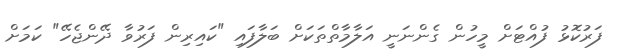
ފަރުކޮޅު ފުއްޓަށް މީހުން ގެންނަނީ އަލާމާތްތަކަށް ބަލާފައި "ކައިރިން ފަރުވާ ދޭންޖެހޭ" ކަމަށް